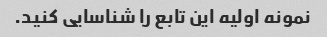
نمونه اولیه این تابع را شناسایی کنید.